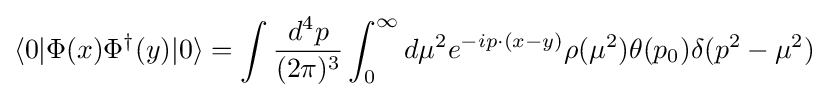
\langle 0|\Phi (x)\Phi ^{\dagger }(y)|0\rangle =\int {\frac {d^{4}p}{(2\pi )^{3}}}\int _{0}^{\infty }d\mu ^{2}e^{-ip\cdot (x-y)}\rho (\mu ^{2})\theta (p_{0})\delta (p^{2}-\mu ^{2})